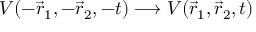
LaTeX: V ( - \vec { r } _ { 1 } , - \vec { r } _ { 2 } , - t ) \longrightarrow V ( \vec { r } _ { 1 } , \vec { r } _ { 2 } , t )